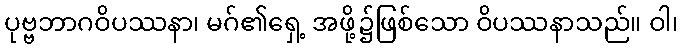
ပုဗ္ဗဘာဂဝိပဿနာ၊ မဂ်၏ရှေ့ အဖို့၌ဖြစ်သော ဝိပဿနာသည်။ ဝါ၊